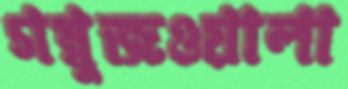
গম্বুজওয়ালা